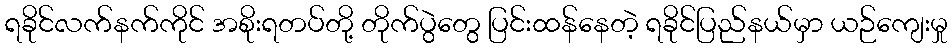
ရခိုင်လက်နက်ကိုင် အစိုးရတပ်တို့ တိုက်ပွဲတွေ ပြင်းထန်နေတဲ့ ရခိုင်ပြည်နယ်မှာ ယဉ်ကျေးမှု